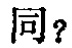
同？